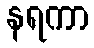
နရကာ